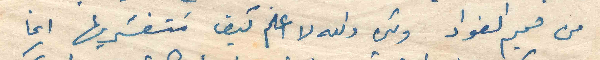
من صميم الفواد ولكن لا اعلم كيف ستفسريها انما